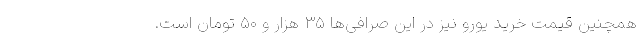
همچنین قیمت خرید یورو نیز در این صرافی‌ها ۳۵ هزار و ۵۰ تومان است.